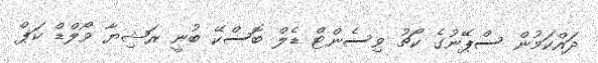
ދައްކަމުން ސްޕޭނުގެ ކޯޗު ވިސެންޓް ޑެލް ބޮސްކޭ ބުނީ ރަޝިޔާ ވޯލްޑް ކަޕް